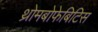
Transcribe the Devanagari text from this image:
थ्रोमबोफेबिटिस